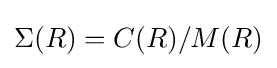
\Sigma (R)=C(R)/M(R)